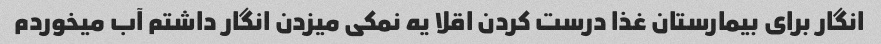
انگار برای بیمارستان غذا درست کردن اقلا یه نمکی میزدن انگار داشتم آب میخوردم